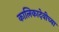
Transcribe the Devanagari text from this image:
कालिकादेवीच्या